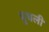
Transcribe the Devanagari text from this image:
धुधली